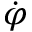
\dot { \varphi }